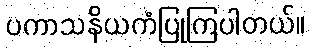
ပကာသနိယကံပြုကြပါတယ်။